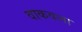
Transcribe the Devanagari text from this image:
वाकवला